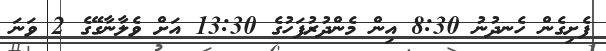
ފެށިގެން ހެނދުނު 8:30 އިން މެންދުރުފަހުގެ 13:30 އަށް ވެލާނާގޭގެ 2 ވަނަ